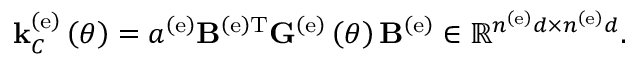
{ \bf k } _ { C } ^ { \left( \mathrm { e } \right) } \left( \theta \right) = a ^ { \left( \mathrm { e } \right) } { \bf B } ^ { \left( \mathrm { e } \right) \mathrm { T } } { \bf G } ^ { \left( \mathrm { e } \right) } \left( \theta \right) { \bf B } ^ { \left( \mathrm { e } \right) } \in \mathbb { R } ^ { n ^ { \left( \mathrm { e } \right) } d \times n ^ { \left( \mathrm { e } \right) } d } .